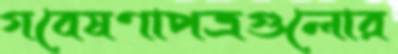
গবেষণাপত্রগুলোর